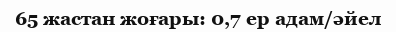
65 жастан жоғары: 0,7 ер адам/әйел